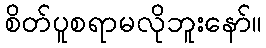
စိတ်ပူစရာမလိုဘူးနော်။